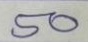
50